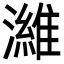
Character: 濰